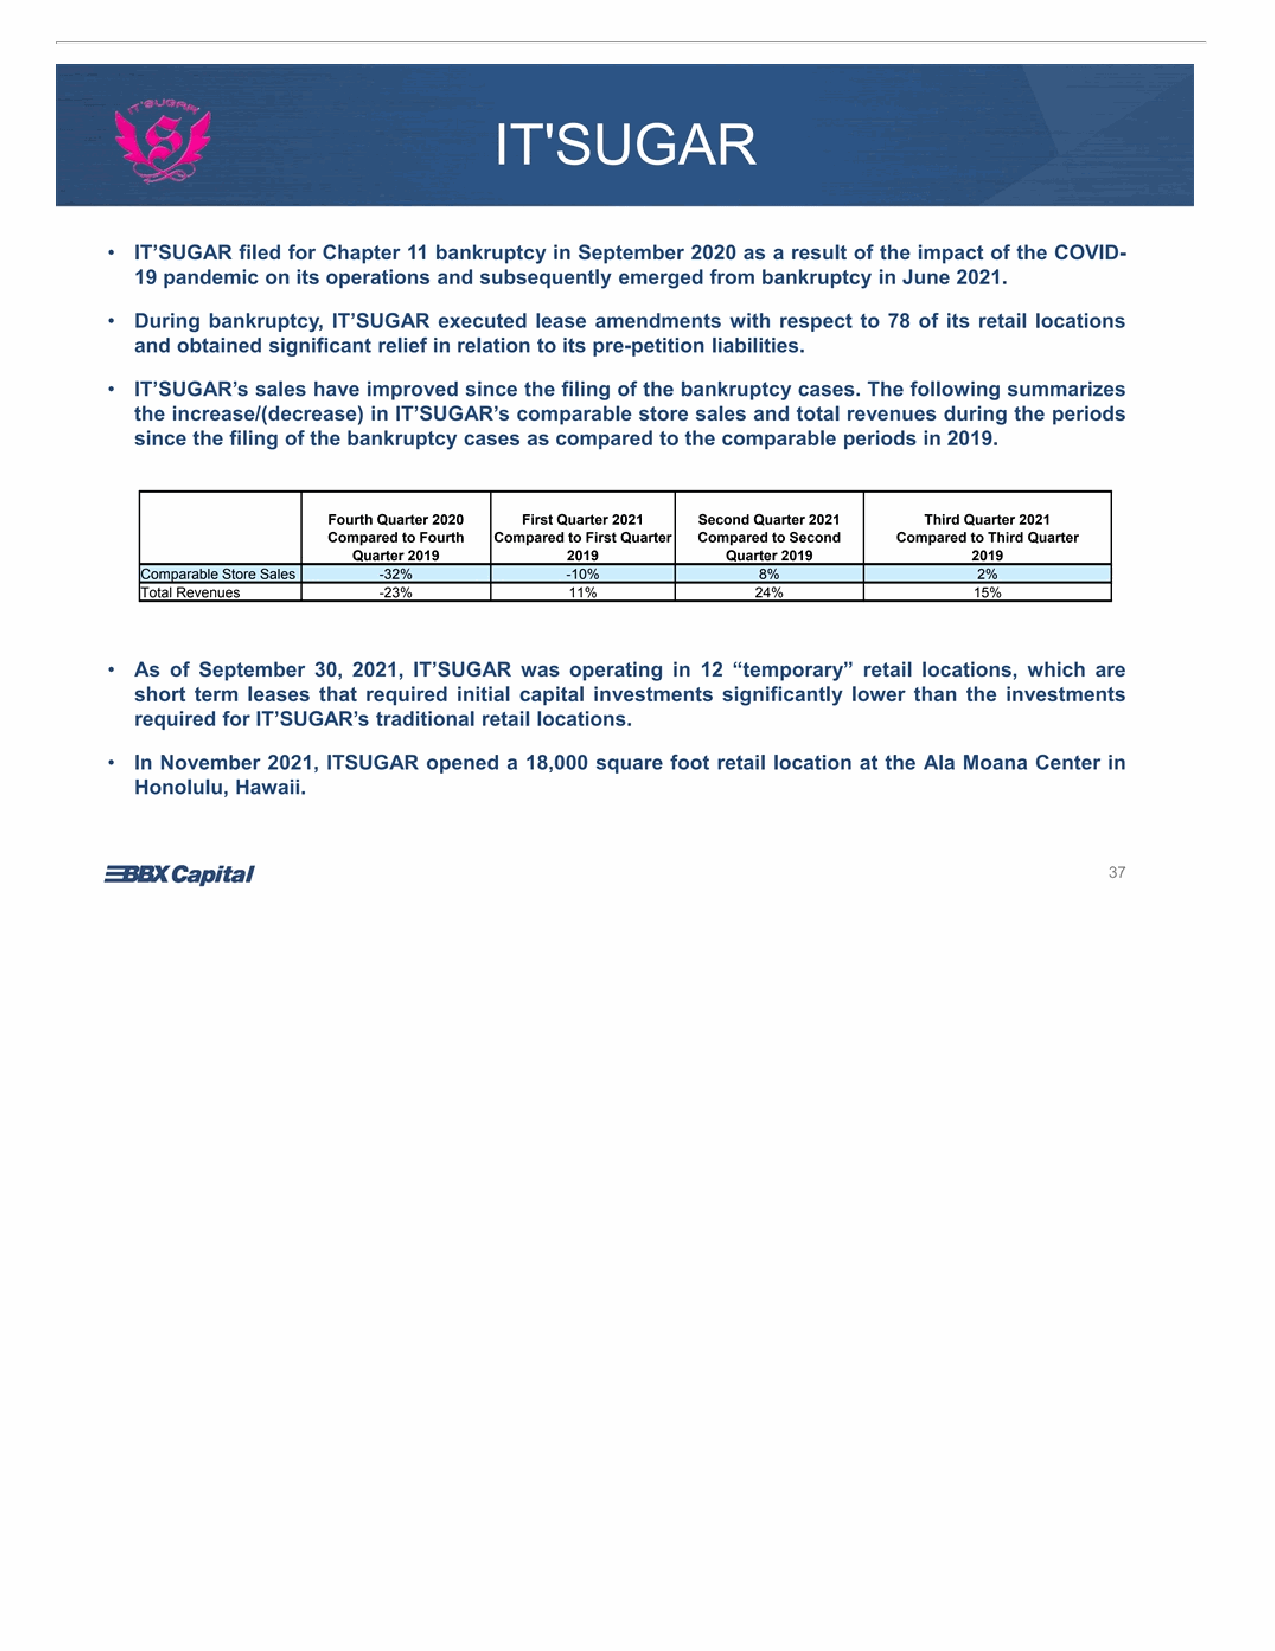
IT'SUGAR IT'SUGAR •IT’SUGAR filed for Chapter 11 bankruptcy in September 2020 as a result of the impact of the COVID- 19 pandemic on its operations and subsequently emerged from bankruptcy in June 2021. • During bankruptcy,IT’SUGAR executed lease amendments with respect to 78 of its retail locations and obtained significant relief in relation to its pre-petition liabilities. •IT’SUGAR’s sales have improved since the filing of the bankruptcy cases. The following summarizes the increase/(decrease) inIT’SUGAR’s comparable store sales and total revenues during the periods since the filing of the bankruptcy cases as compared to the comparable periods in 2019. Fourth Quarter 2020 First Quarter 2021 Second Quarter 2021 Third Quarter 2021 Compared to Fourth Compared to First Quarter Compared to Second Compared to Third Quarter Quarter 2019 2019 Quarter 2019 2019 Comparable Store Sales -32% -10% 8% 2% Total Revenues -23% 11% 24% 15% • As of September 30, 2021,IT’SUGAR was operating in 12“temporary” retail locations, which are short term leases that required initial capital investments significantly lower than the investments required forIT’SUGAR’s traditional retail locations. • In November 2021, ITSUGAR opened a 18,000 square foot retail location at the Ala Moana Center in Honolulu, Hawaii. 37